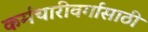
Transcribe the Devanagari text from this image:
कर्मचारीवर्गासाठी